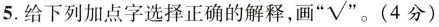
5.给下列加点字选择正确的解释，画 ”√“。(4分)